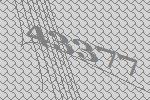
43377